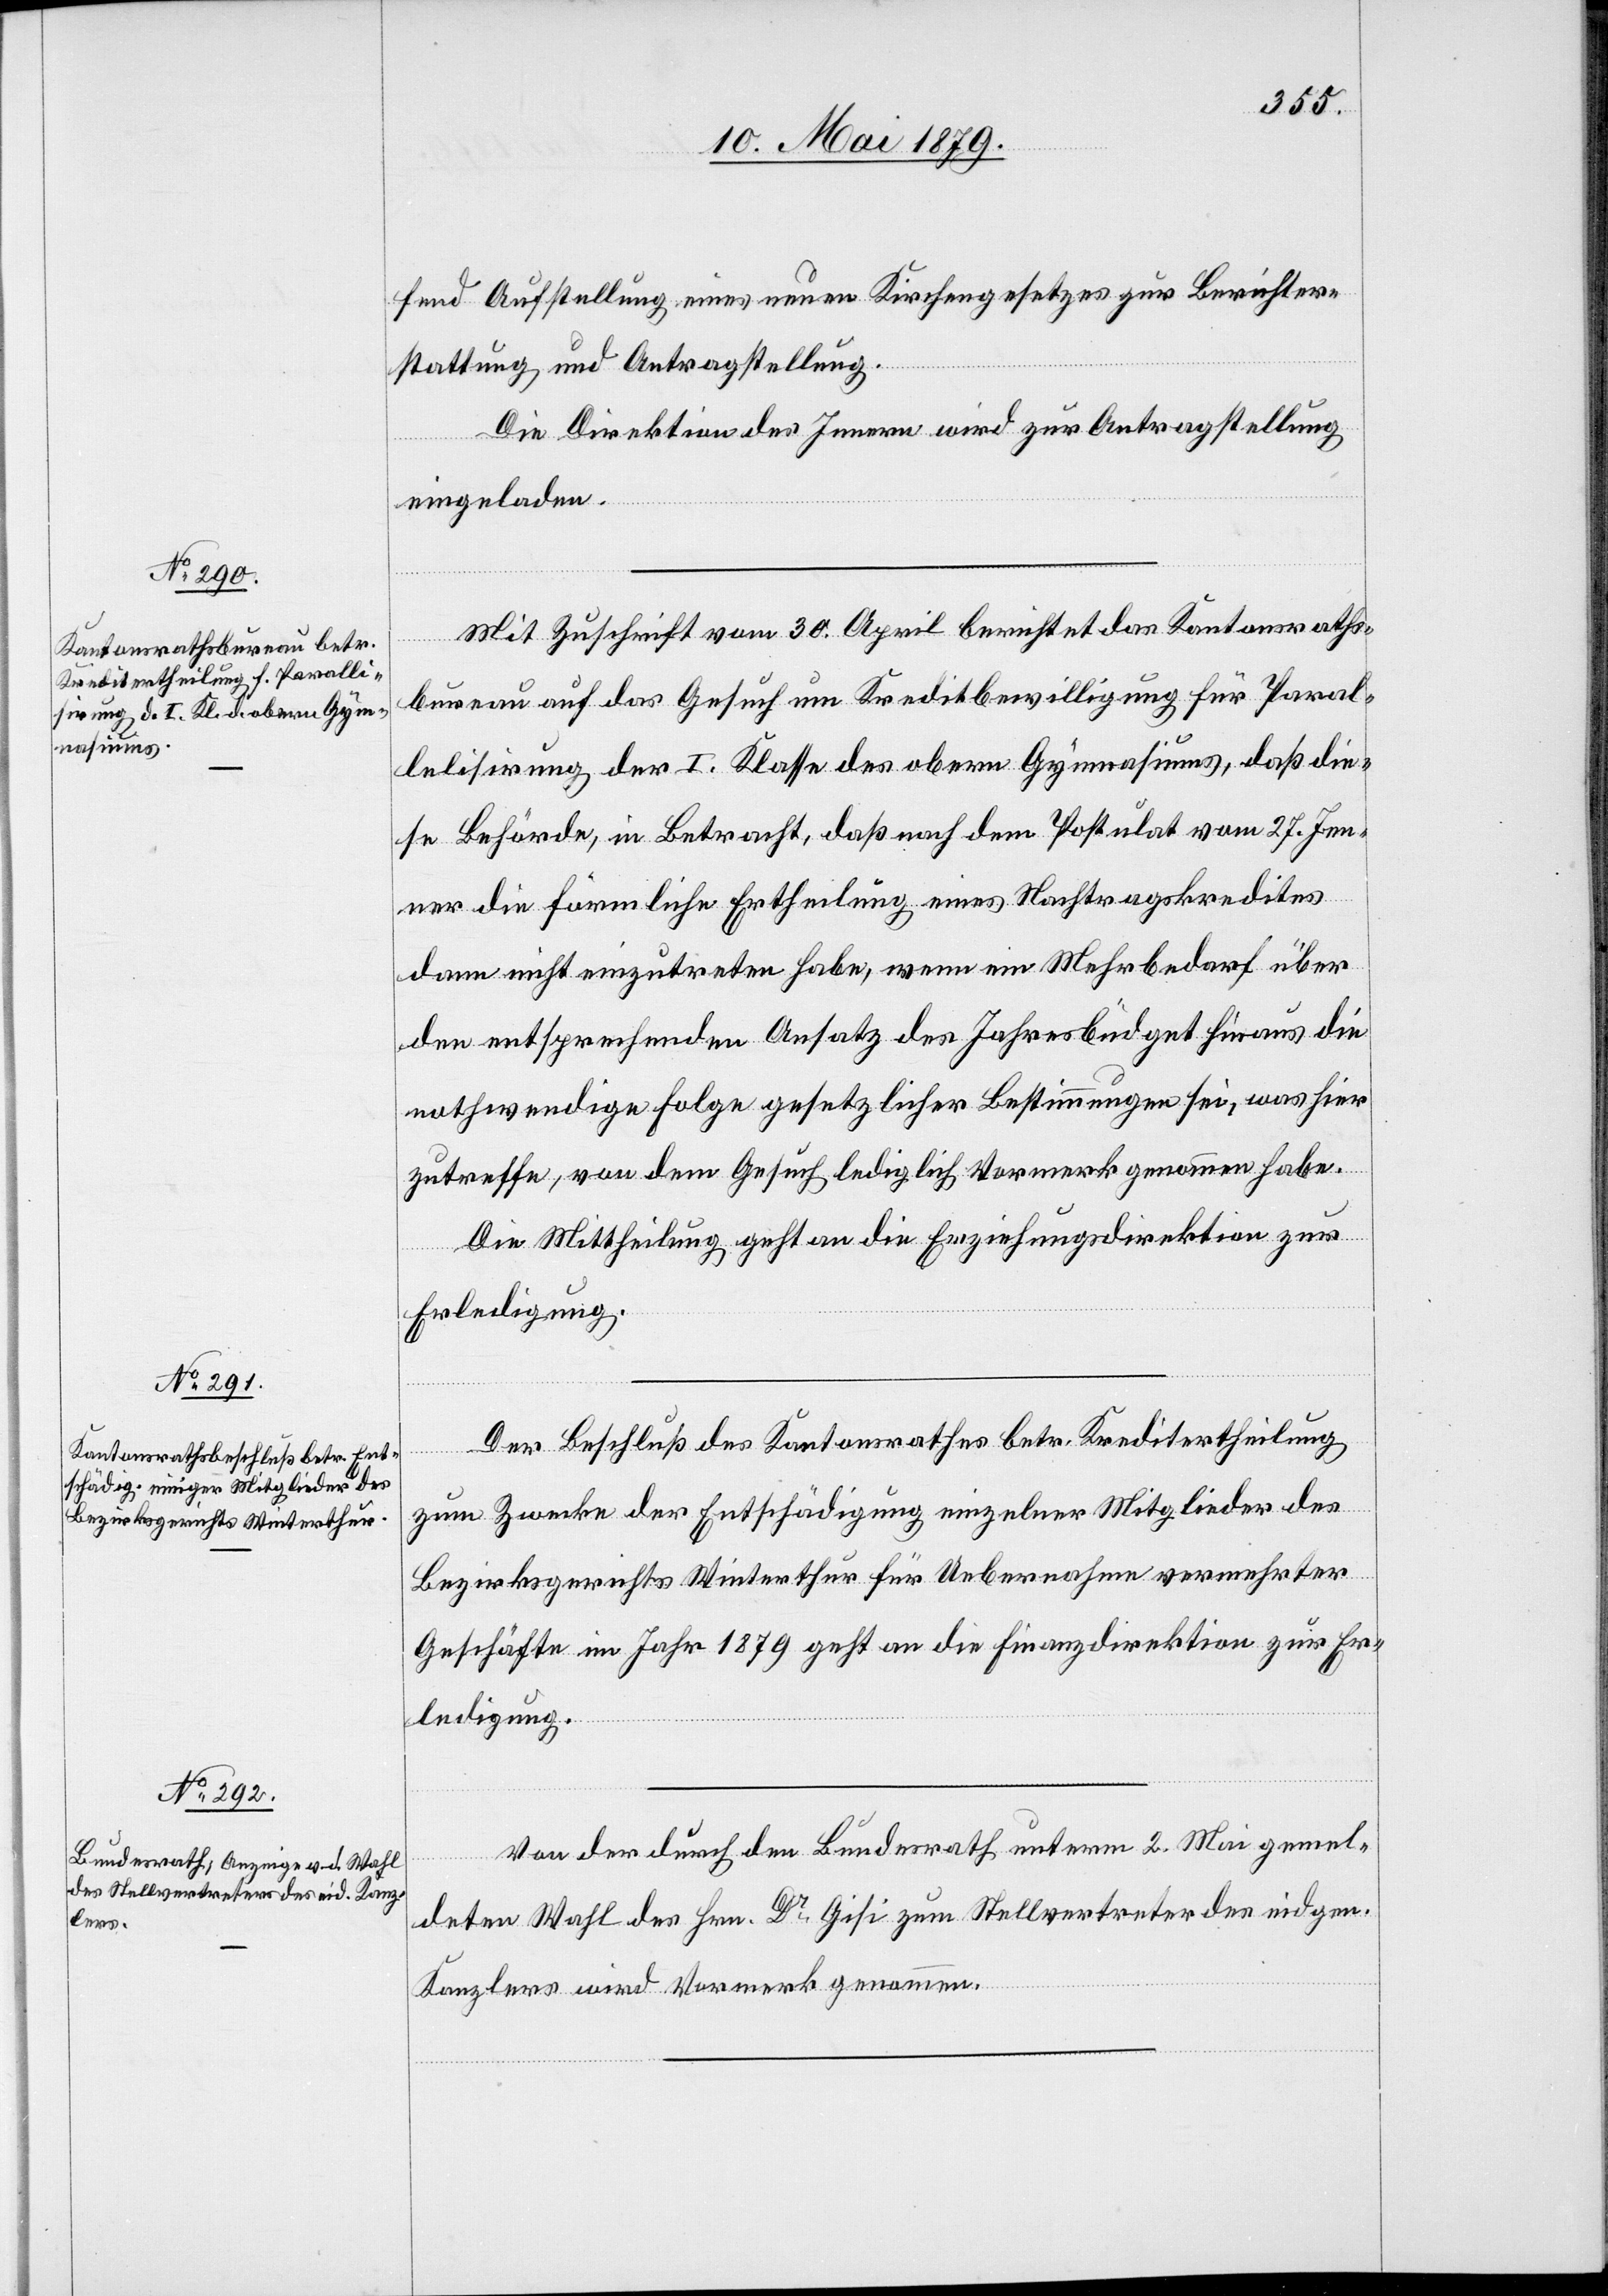
fend Aufstellung eines neuen Kirchengesetzes zur Berichter¬
stattung und Antragstellung.
Die Direktion des Innern wird zur Antragstellung
eingeladen.
Mit Zuschrift vom 30. April berichtet das Kantonsraths¬
bureau auf das Gesuch um Kreditbewilligung für Paral¬
lelisierung der I. Klasse des obern Gymnasiums, daß die¬
se Behörde, in Betracht, daß nach dem Postulat vom 27. Jen¬
ner die förmliche Ertheilung eines Nachtragskredites
dann nicht einzutreten habe, wenn ein Mehrbedarf über
den entsprechenden Ansatz des Jahresbüdget hinaus die
nothwendige Folge gesetzlicher Bestimmungen sei, was hier
zutreffe, von dem Gesuch lediglich Vormerk genommen habe.
Die Mittheilung geht an die Erziehungsdirektion zur
Erledigung.
Der Beschluß des Kantonsrathes betr. Kreditertheilung
zum Zwecke der Entschädigung einzelner Mitglieder des
Bezirksgerichts Winterthur für Uebernahme vermehrter
Geschäfte im Jahr 1879 geht an die Finanzdirektion zur Er¬
ledigung.
Von der durch den Bundesrath unterm 2. Mai gemel¬
deten Wahl des Hrn. Dr. Gisi zum Stellvertreter des eidgen.
Kanzlers wird Vormerk genommen.